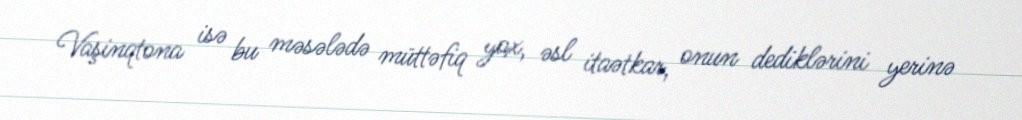
Vaşinqtona isə bu məsələdə müttəfiq yox, əsl itaətkar, onun dediklərini yerinə